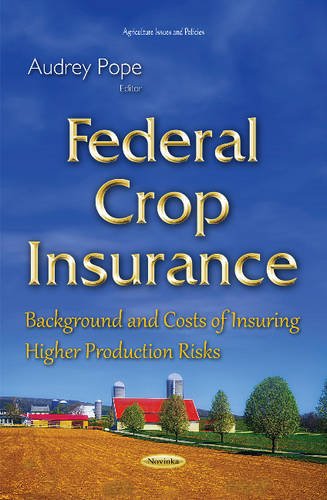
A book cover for Federal Crop Insurance: Background and Costs of Insuring Higher Production Risks; Law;